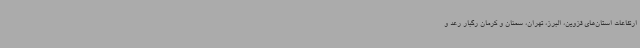
ارتفاعات استان‌های قزوین، البرز، تهران، سمنان و کرمان رگبار رعد و